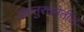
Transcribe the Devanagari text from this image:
वास्तुरचनेतील